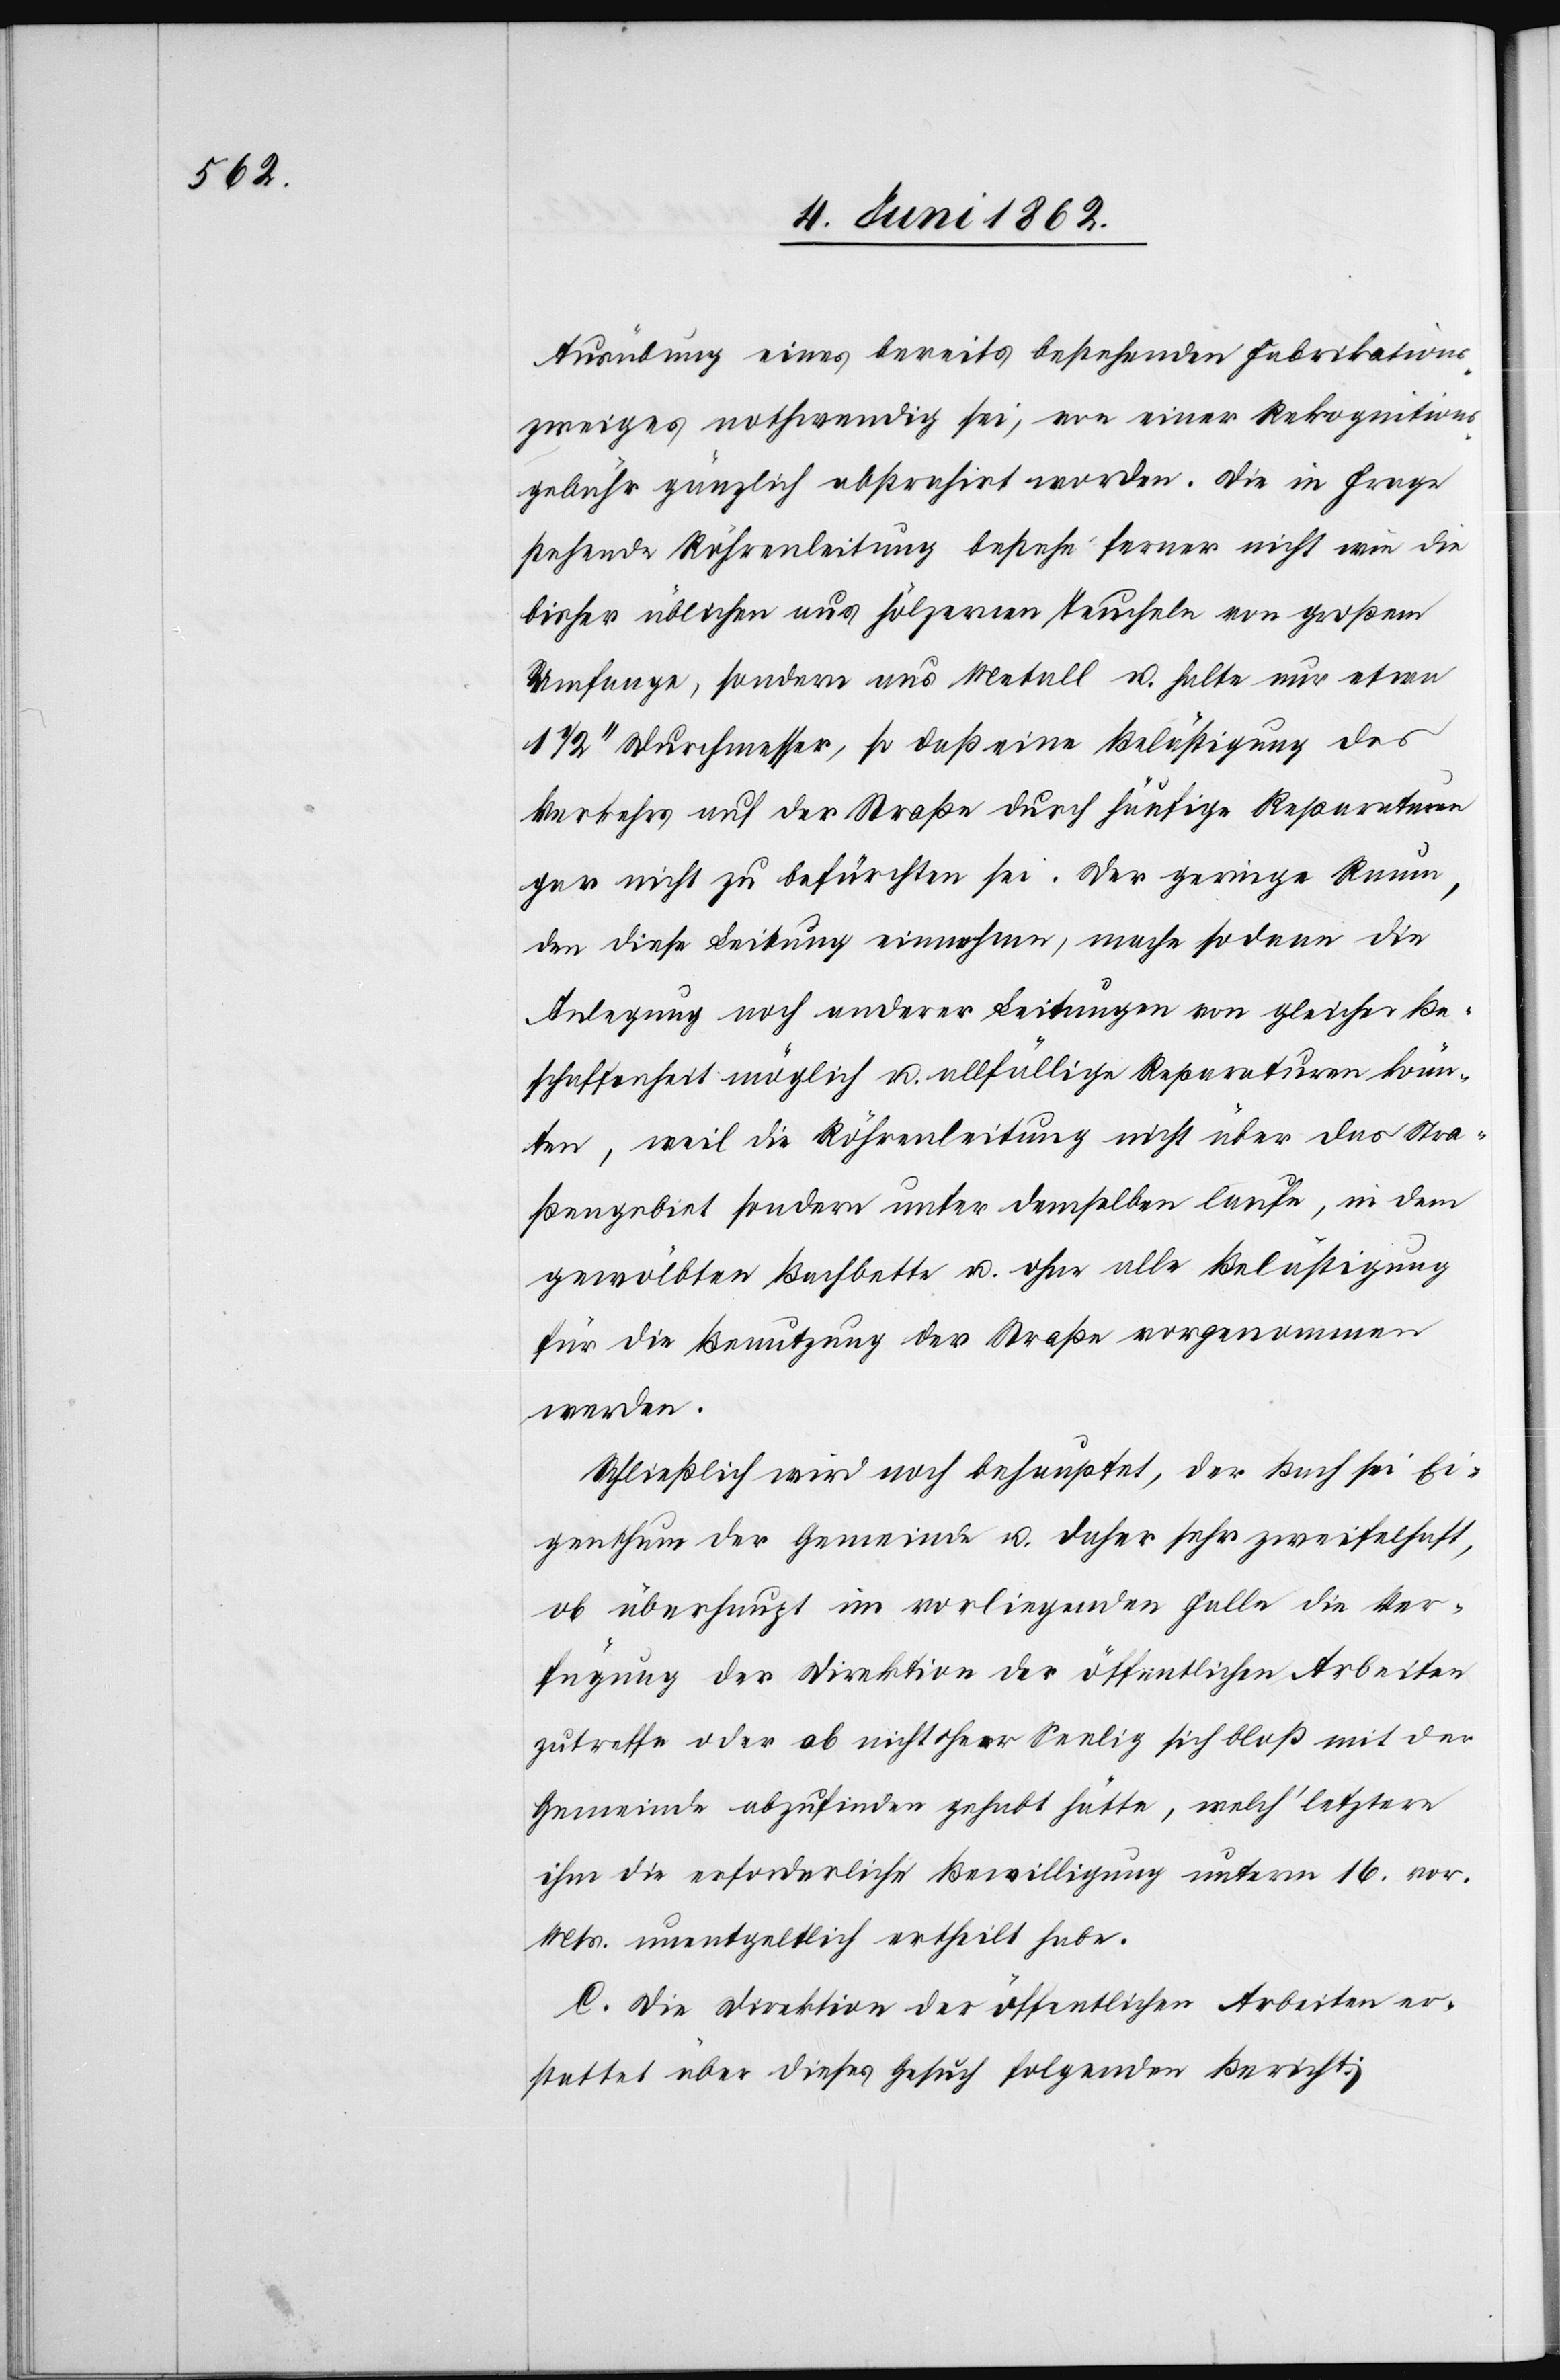
Ausübung eines bereits bestehenden Fabrikations¬
zweiges nothwendig sei, von einer Rekognitions¬
gebühr gänzlich abstrahirt worden. Die in Frage
stehende Röhrenleitung bestehe ferner nicht wie die
bisher üblichen aus hölzernen Teucheln von großem
Umfange, sondern aus Metall u. halte nur etwa
1 1/2’’ Durchmesser, so daß eine Belästigung des
Verkehrs auf der Straße durch häufige Reparaturen
gar nicht zu befürchten sei. Der geringe Raum,
den diese Leitung einnehme, mache so dann die
Anlegung noch anderer Leitungen von gleicher Be¬
schaffenheit möglich u. allfällige Reparaturen könn¬
ten, weil die Röhrenleitung nicht über das Stra¬
ßengebiet sondern unter demselben laufe, in dem
gewölbten Bachbette u. ohne alle Belästigung
für die Benutzung der Straße vorgenommen
werden.
Schließlich wird noch behauptet, der Bach sei Ei¬
genthum der Gemeinde u. daher sehr zweifelhaft,
ob überhaupt im vorliegenden Falle die Ver¬
fügung der Direktion der öffentlichen Arbeiten
zutreffe oder ob nicht Herr Seelig sich bloß mit der
Gemeinde abzufinden gehabt hätte, welch’ letztere
ihm die erforderliche Bewilligung unterm 16. vor.
Mts. unentgeltlich ertheilt habe.
C. Die Direktion der öffentlichen Arbeiten er¬
stattet über dieses Gesuch folgenden Bericht: